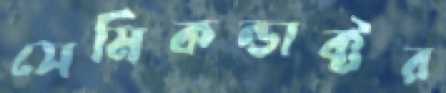
সেমিকন্ডাক্টর